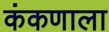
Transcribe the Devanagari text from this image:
कंकणाला